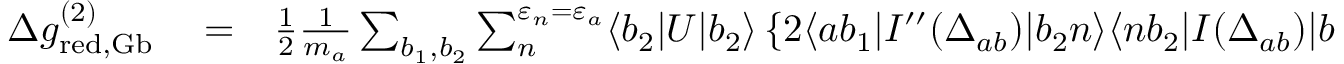
\begin{array} { r l r } { \Delta g _ { \mathrm { r e d , G b } } ^ { ( 2 ) } } & { { } = } & { \frac 1 2 \frac { 1 } { m _ { a } } \sum _ { b _ { 1 } , b _ { 2 } } \sum _ { n } ^ { \varepsilon _ { n } = \varepsilon _ { a } } \langle b _ { 2 } | U | b _ { 2 } \rangle \left\{ 2 \langle a b _ { 1 } | I ^ { \prime \prime } ( \Delta _ { a b } ) | b _ { 2 } n \rangle \langle n b _ { 2 } | I ( \Delta _ { a b } ) | b _ { 1 } a \rangle \right. } \end{array}